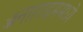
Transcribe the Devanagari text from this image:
ॲनाहाइममध्ये